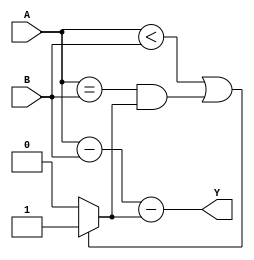
module Behavioral_Subtractor (
    input [7:0] A, 
    input [7:0] B, 
    output reg [7:0] Y
);

reg [7:0] difference;
reg borrow;

always @* begin
    difference = A - B - borrow;
    if (A < B || (A == B && borrow))
        borrow = 1;
    else
        borrow = 0;
    Y = difference;
end

endmodule